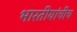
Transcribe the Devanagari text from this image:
भारतीयांचीच